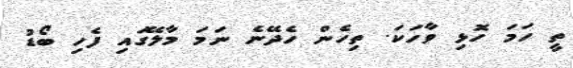
ތީ ހަމަ ހޮޅި ވާހަކަ. ތިހެން ހެދޭނެ ނަމަ މާލޭގައި ފެހި ބޯޑު